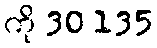
ကို 30 135